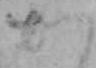
か